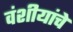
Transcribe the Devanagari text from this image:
वंशीयांचे